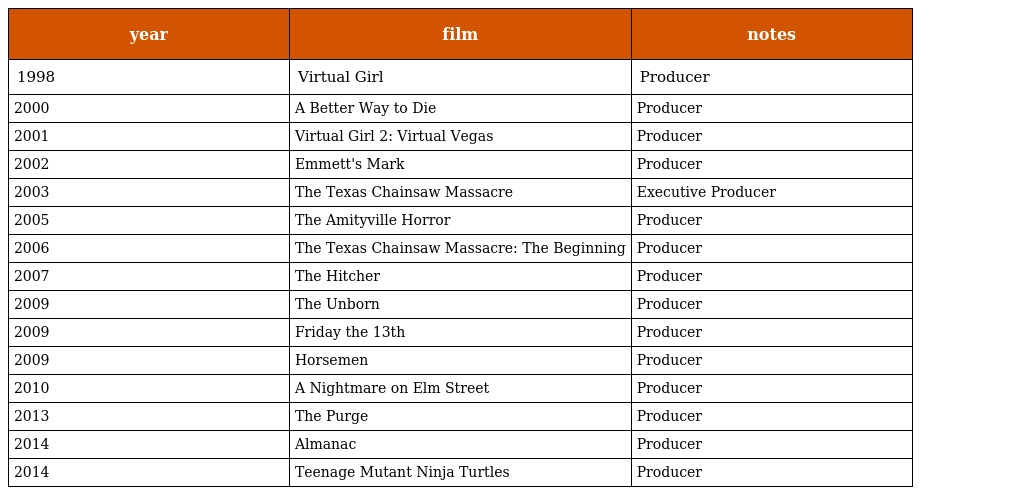
| year | film | notes |
 | --- | --- | --- |
 | 1998 | Virtual Girl | Producer |
 | 2000 | A Better Way to Die | Producer |
 | 2001 | Virtual Girl 2: Virtual Vegas | Producer |
 | 2002 | Emmett's Mark | Producer |
 | 2003 | The Texas Chainsaw Massacre | Executive Producer |
 | 2005 | The Amityville Horror | Producer |
 | 2006 | The Texas Chainsaw Massacre: The Beginning | Producer |
 | 2007 | The Hitcher | Producer |
 | 2009 | The Unborn | Producer |
 | 2009 | Friday the 13th | Producer |
 | 2009 | Horsemen | Producer |
 | 2010 | A Nightmare on Elm Street | Producer |
 | 2013 | The Purge | Producer |
 | 2014 | Almanac | Producer |
 | 2014 | Teenage Mutant Ninja Turtles | Producer |